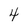
Character: 4